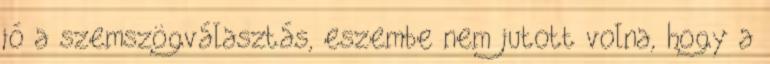
jó a szemszögválasztás, eszembe nem jutott volna, hogy a